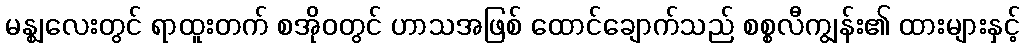
မန္ဈလေးတွင် ရာထူးတက် စအိုဝတွင် ဟာသအဖြစ် ထောင်ချောက်သည် စစ္စလီကျွန်း၏ ထားများနှင့်